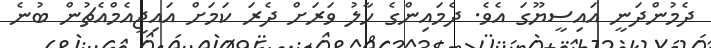
ދެމުންދަނީ އައިސީޔޫގަ އެވެ. ދެމައިންގެ ހާލު ވަރަށް ދެރަ ކަމަށް އައިޖީއެމްއެޗުން ބުނެ